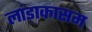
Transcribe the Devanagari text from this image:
लांडाकासम